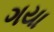
ગયા